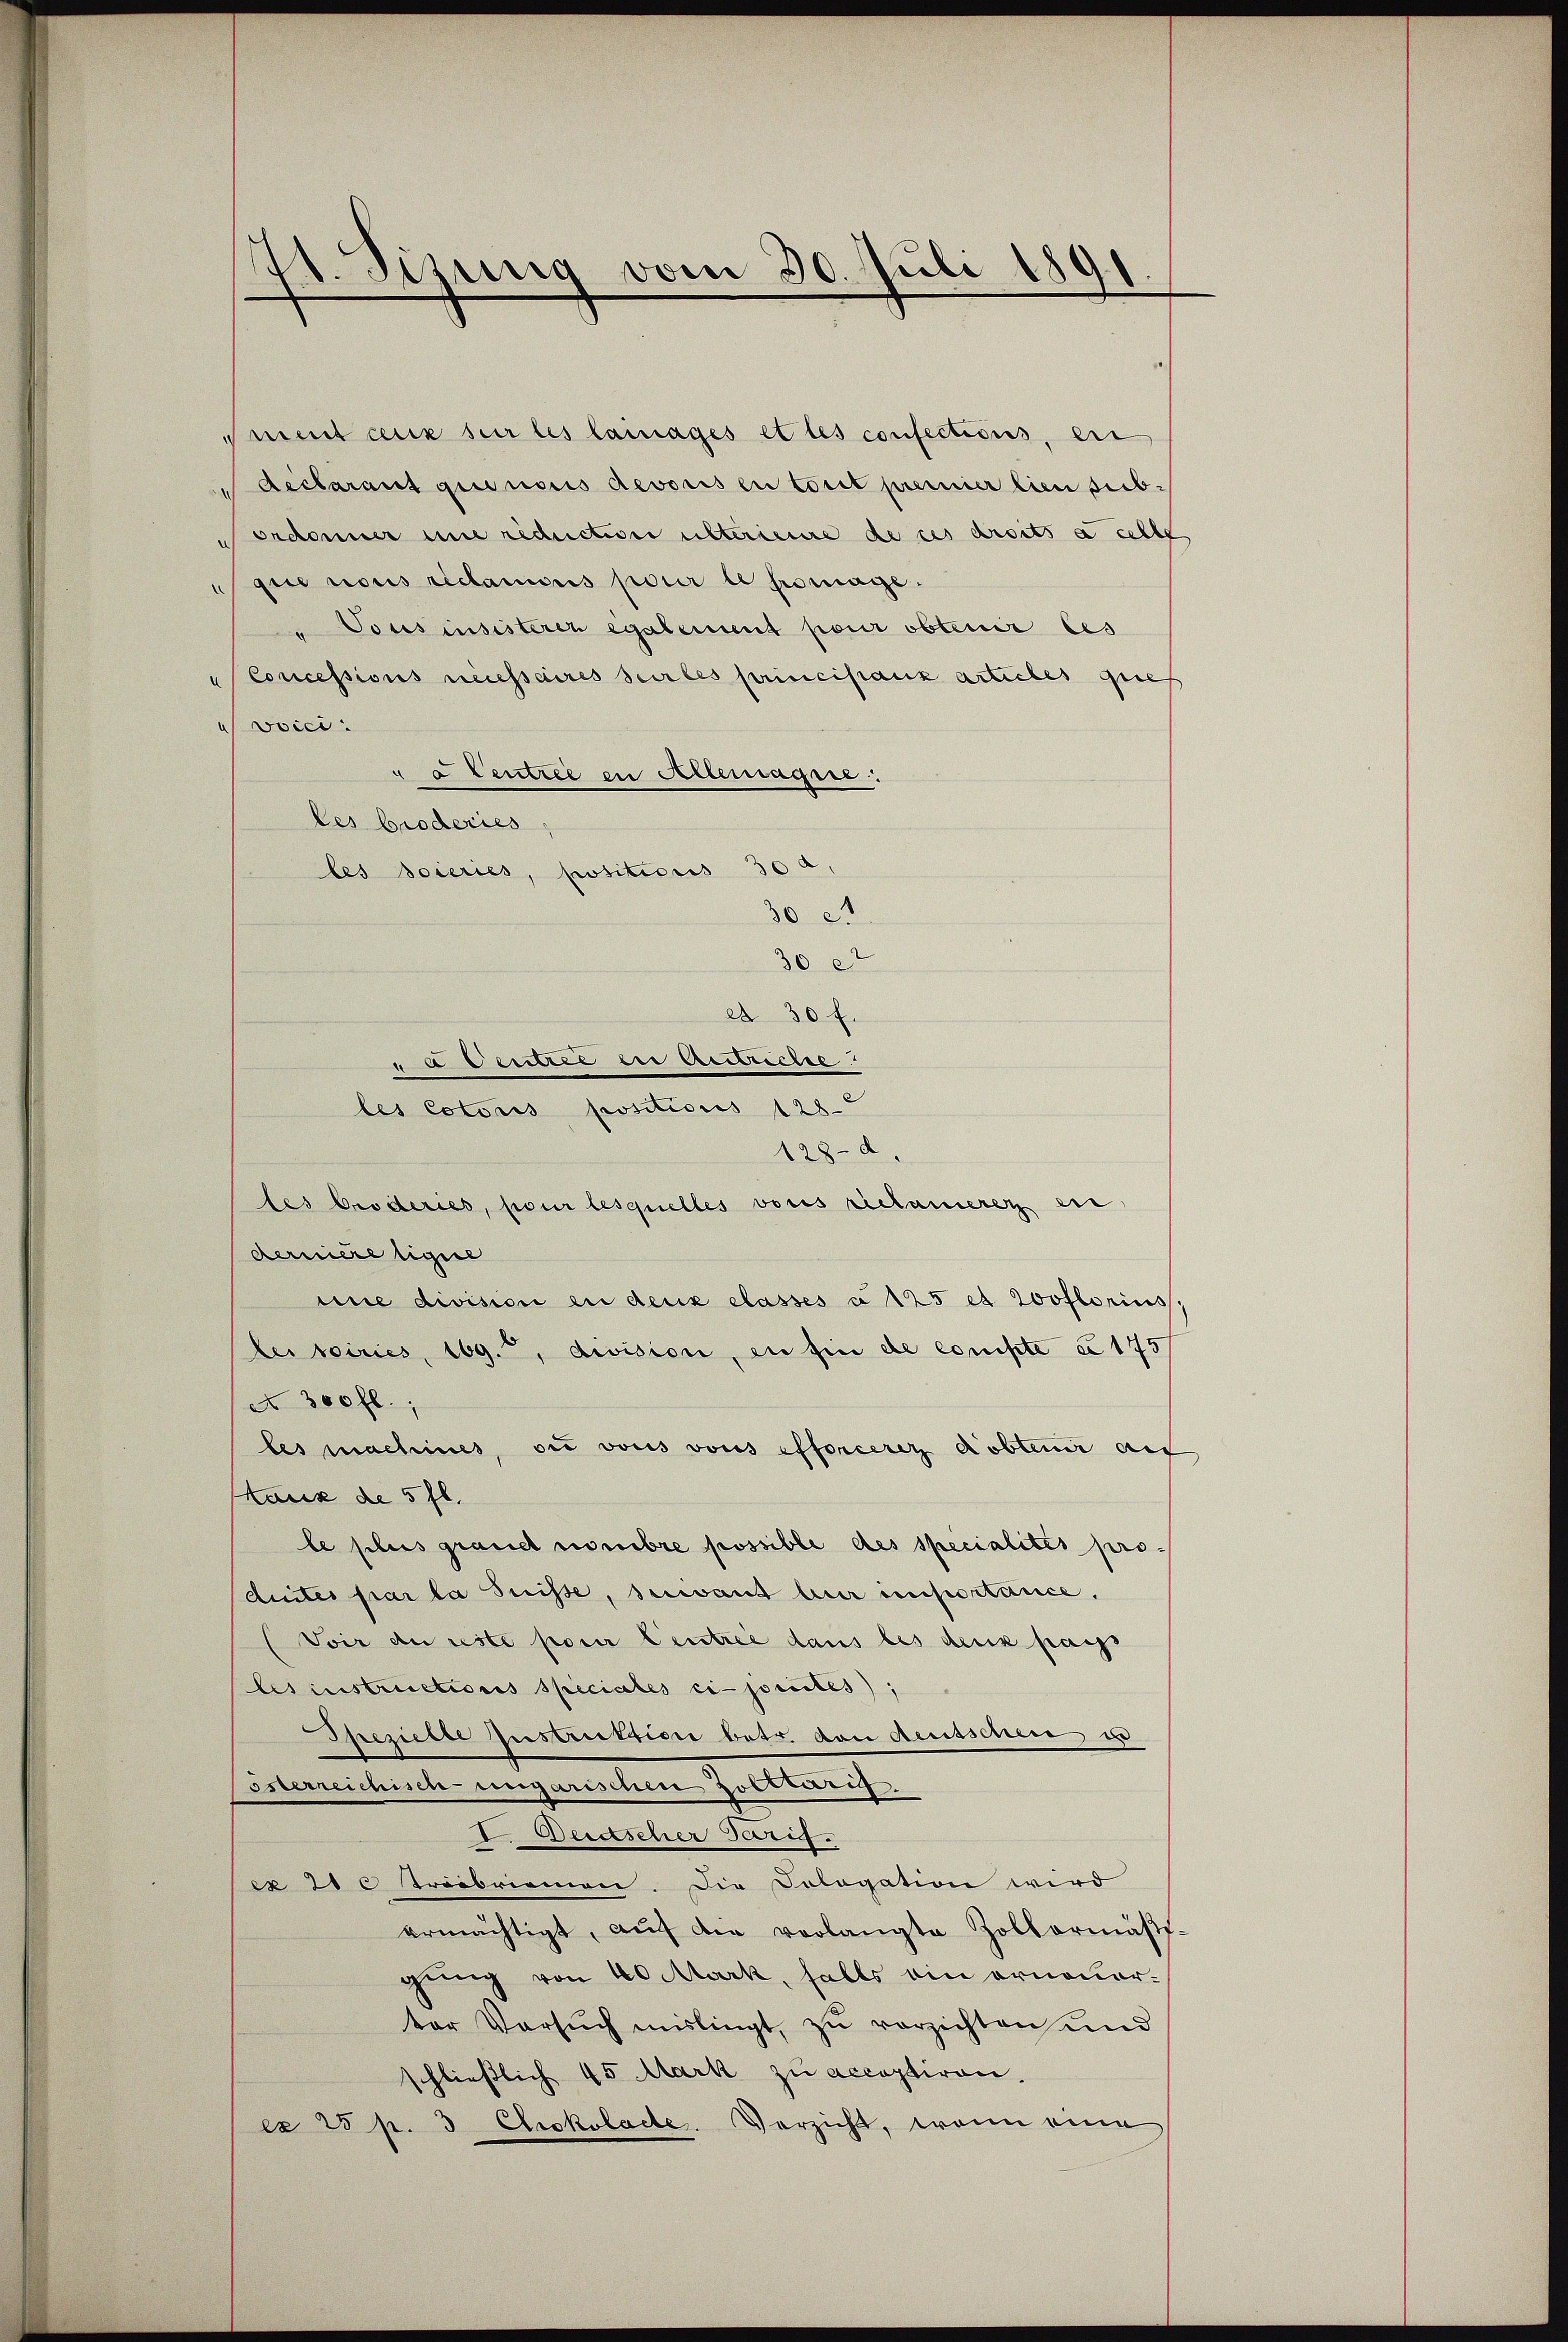
1. Sizung vom 30. Juli 1891

Mment ceux sur les lainages et les confections, eri
declarant quinoris devoris en torit premier lieu sub-
ordonner une rechuction unteriente de ces droits a selbe
gie nous reclamons pour le promane.
Tousinsisteren egalement pour obtenir les
Concessions necessaires sertes princistanz articles ques
vvici :
L Centree in Alteräge:
les broderies,
les soieries, positicus 30 a
30 et
30 et
et 30 f.
ut bestreites
les cotoris positions 128
128- d.
les Groderies, pour lesquelles votis reclamerer ei
derniere ligie
mie division en deux classes a 125 et rooflorius.
lei soiries, 109., division, en fin de coniste a 175
A 300 fl.,
les machines, die vons vons efforceret obtenir auf
taus de 5 fl.
be plus grandt nombre possible des specialités pro-
duites par la Suisse, suivant ber importance.
(Voir de reste pour Centrée dans les ders passs
les instructions speciales ci-jorites);
Spezielle Instruktion betr. von Aeusschen, u
österreichisch-ungarischen Zolltaris.
I. Beischer Parig.
ex 21 C Triebriennen. Die Cologation wird
ermächtigt, aŭf die verlangte Zollarmäβ-
gung von 40 Mark, falls ein erneuerter Versŭch mislingt, zŭ verzichten und
schließlich 45 Mark zu acceptiren,
cx 28 p. 3 Chokolacte. Verzicht, wenn eine